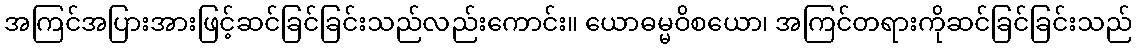
အကြင်အပြားအားဖြင့်ဆင်ခြင်ခြင်းသည်လည်းကောင်း။ ယောဓမ္မဝိစယော၊ အကြင်တရားကိုဆင်ခြင်ခြင်းသည်